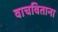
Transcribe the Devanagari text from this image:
वाचविताना